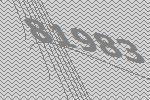
81983